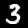
Digit: 3